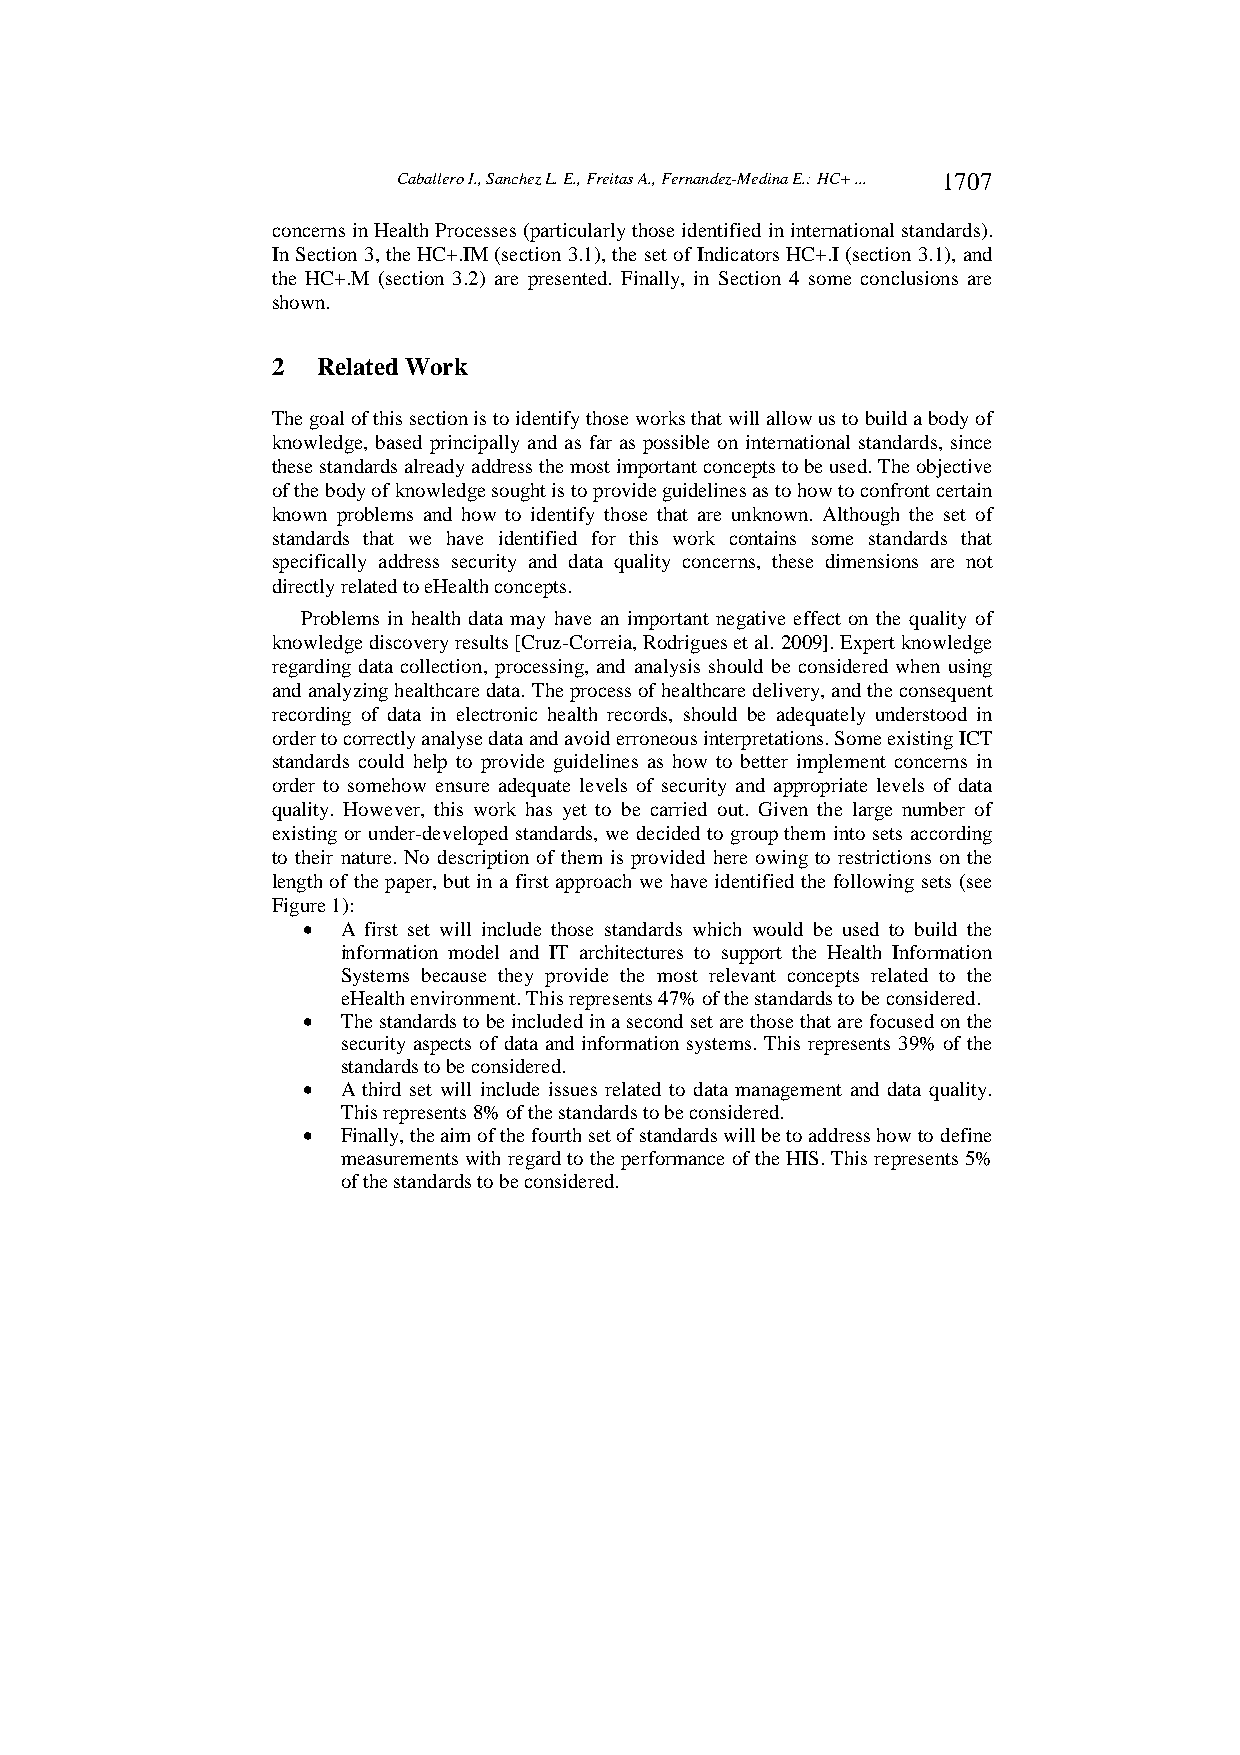
Caballero I., Sanchez L. E., Freitas A., Fernandez-Medina E.: HC+ ... 1707
 concerns in Health Processes (particularly those identified in international standards).
 In Section 3, the HC+.IM (section 3.1), the set of Indicators HC+.I (section 3.1), and
 the HC+.M (section 3.2) are presented. Finally, in Section 4 some conclusions are
 shown.
 2  Related Work
 The goal of this section is to identify those works that will allow us to build a body of
 knowledge, based principally and as far as possible on international standards, since
 these standards already address the most important concepts to be used. The objective
 of the body of knowledge sought is to provide guidelines as to how to confront certain
 known problems and how to identify those that are unknown. Although the set of
 standards that we have identified for this work contains some standards that
 specifically address security and data quality concerns, these dimensions are not
 directly related to eHealth concepts.
 Problems in health data may have an important negative effect on the quality of
 knowledge discovery results [Cruz-Correia, Rodrigues et al. 2009]. Expert knowledge
 regarding data collection, processing, and analysis should be considered when using
 and analyzing healthcare data. The process of healthcare delivery, and the consequent
 recording of data in electronic health records, should be adequately understood in
 order to correctly analyse data and avoid erroneous interpretations. Some existing ICT
 standards could help to provide guidelines as how to better implement concerns in
 order to somehow ensure adequate levels of security and appropriate levels of data
 quality. However, this work has yet to be carried out. Given the large number of
 existing or under-developed standards, we decided to group them into sets according
 to their nature. No description of them is provided here owing to restrictions on the
 length of the paper, but in a first approach we have identified the following sets (see
 Figure 1):
   A first set will include those standards which would be used to build the
 information model and IT architectures to support the Health Information
 Systems because they provide the most relevant concepts related to the
 eHealth environment. This represents 47% of the standards to be considered.
   The standards to be included in a second set are those that are focused on the
 security aspects of data and information systems. This represents 39% of the
 standards to be considered.
   A third set will include issues related to data management and data quality.
 This represents 8% of the standards to be considered.
   Finally, the aim of the fourth set of standards will be to address how to define
 measurements with regard to the performance of the HIS. This represents 5%
 of the standards to be considered.